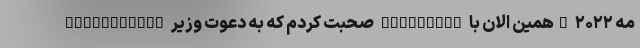
مه ۲۰۲۲ "همین الان با @elonmusk صحبت کردم که به دعوت وزیر @fabiofaria